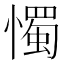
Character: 𢢗